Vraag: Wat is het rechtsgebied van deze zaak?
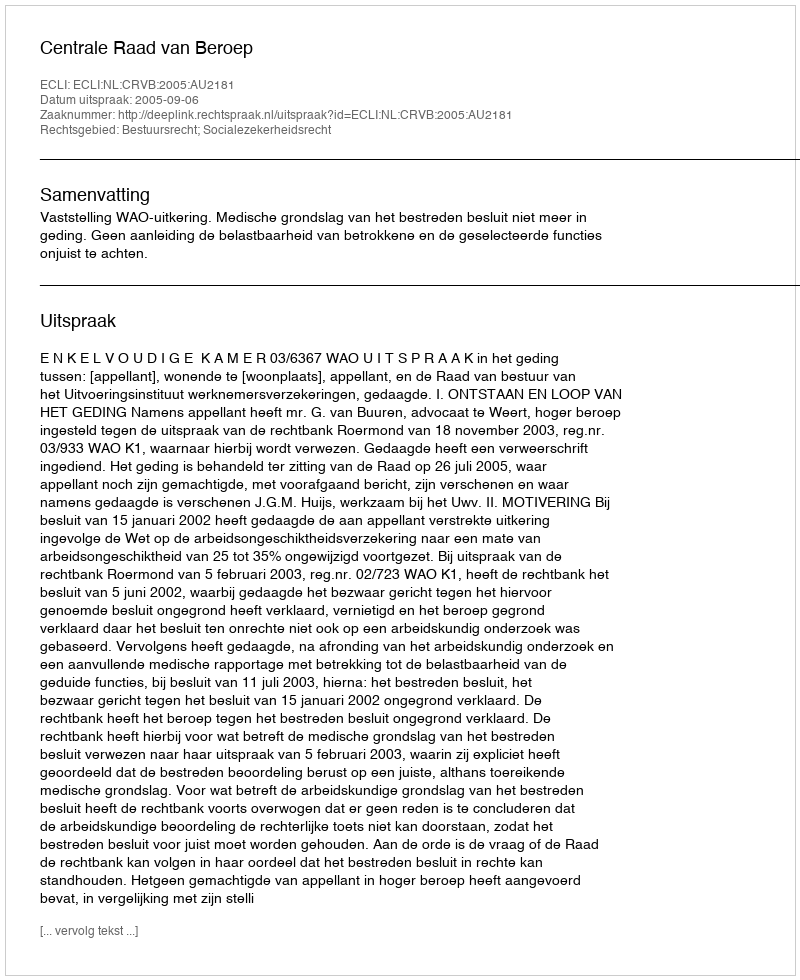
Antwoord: Bestuursrecht; Socialezekerheidsrecht